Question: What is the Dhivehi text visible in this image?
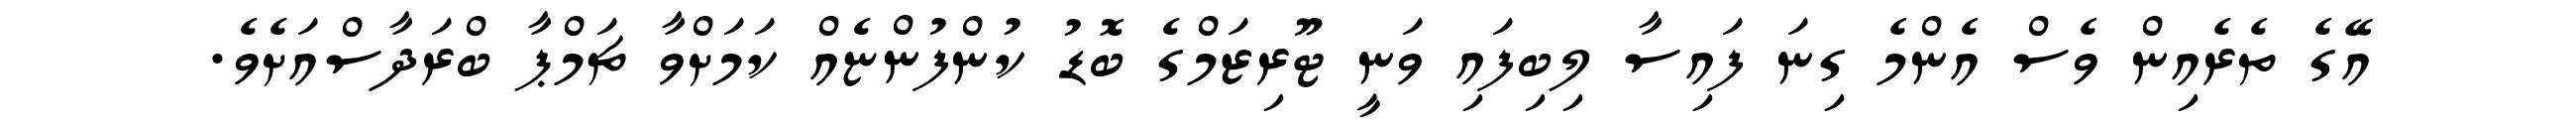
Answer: އޭގެ ތެރެއިން ވެސް އެންމެ ގިނަ ފައިސާ ލިބިފައި ވަނީ ޓޫރިޒަމްގެ ބޮޑު ކުންފުންޏެއް ކަމަށްވާ ޗަމްޕާ ބްރަދާސްއަށެވެ.